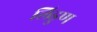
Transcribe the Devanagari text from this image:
लिडुण